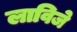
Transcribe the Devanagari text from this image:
लाविजे